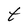
Character: t